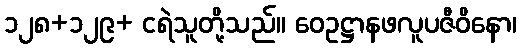
၁၂၈+၁၂၉+ ငရဲသူတို့သည်။ ဝေဥဋ္ဌာနဖလူပဇီဝိနော၊